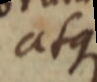
atque